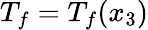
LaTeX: T_{f}=T_{f}(x_{3})